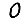
Digit: 0